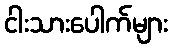
ငါးသားပေါက်များ